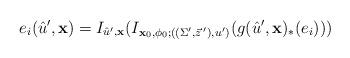
LaTeX: \begin{align*}e_i(\hat u',{\bf x})= I_{\hat u',{\bf x}}(I_{{\bf x}_0,\phi_0;((\Sigma',\vec z^{\,\prime}),u')}(g(\hat u',{\bf x})_* (e_i)))\end{align*}